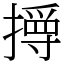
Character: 㩊